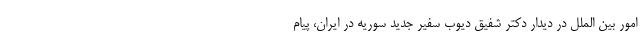
امور بین الملل در دیدار دکتر شفیق دیوب سفیر جدید سوریه در ایران، پیام